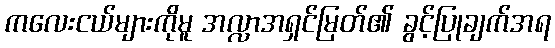
ကလေးငယ်များကိုမူ အလ္လာအရှင်မြတ်၏ ခွင့်ပြုချက်အရ